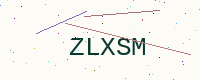
Text: ZLXSM